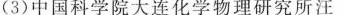
(3)中国科学院大连化学物理研究所汪